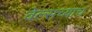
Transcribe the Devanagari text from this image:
वेल्सच्याच